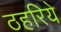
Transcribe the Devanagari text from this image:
ठहरिये